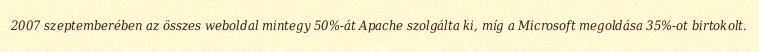
2007 szeptemberében az összes weboldal mintegy 50%-át Apache szolgálta ki, míg a Microsoft megoldása 35%-ot birtokolt.